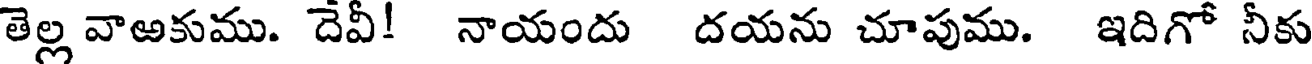
తెల్ల వాఱకుము. దేవీ! నాయందు దయను చూపుము. ఇదిగో నీకు